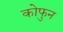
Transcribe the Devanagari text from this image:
कोफुन